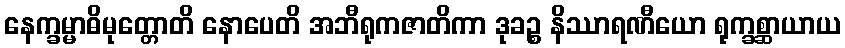
နေက္ခမ္မာဓိမုတ္တောတိ နောပေတိ အဘီရုကဇာတိကာ ဒုခဉ္စ နိဿာရဏီယော ရုက္ခစ္ဆာယာယ